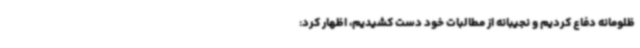
ظلومانه دفاع کردیم و نجیبانه از مطالبات خود دست کشیدیم، اظهار کرد: